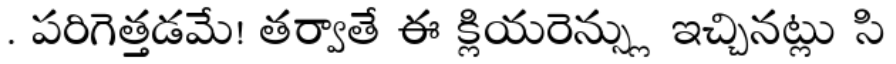
. పరిగెత్తడమే! తర్వాతే ఈ క్లియరెన్స్లు ఇచ్చినట్లు సి